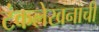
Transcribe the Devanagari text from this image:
टंकलेखनाची